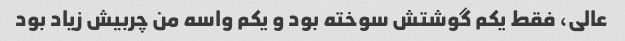
عالی، فقط یکم گوشتش سوخته بود و یکم واسه من چربیش زیاد بود